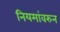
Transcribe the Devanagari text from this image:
नियमांवरुन